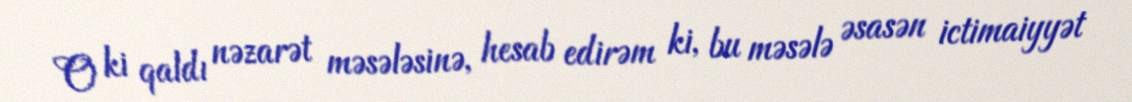
O ki qaldı nəzarət məsələsinə, hesab edirəm ki, bu məsələ əsasən ictimaiyyət